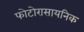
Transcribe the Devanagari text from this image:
फोटोरासायनिक